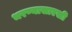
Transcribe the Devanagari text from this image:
भरण्यासारखी